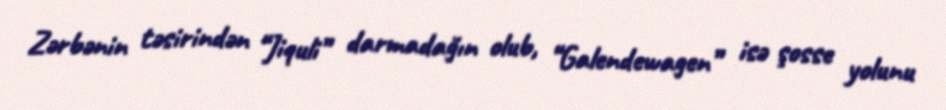
Zərbənin təsirindən “Jiquli” darmadağın olub, “Galendewagen” isə şosse yolunu